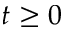
t \geq 0